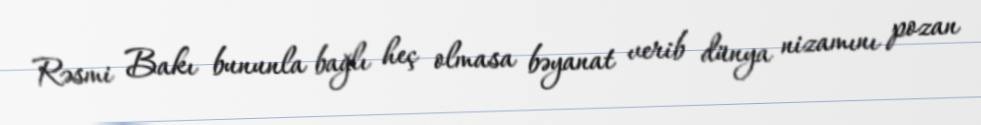
Rəsmi Bakı bununla bağlı heç olmasa bəyanat verib dünya nizamını pozan